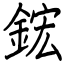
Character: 鋐